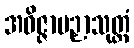
အဝိဇ္ဇာပဉှာသုတ္တံ